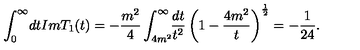
\int _ { 0 } ^ { \infty } \! d t I m T _ { 1 } ( t ) = - \frac { m ^ { 2 } } { 4 } \int _ { 4 m ^ { 2 } } ^ { \infty } \! \! \frac { d t } { t ^ { 2 } } \left( 1 - \frac { 4 m ^ { 2 } } { t } \right) ^ { \frac { 1 } { 2 } } = - \frac { 1 } { 2 4 } .